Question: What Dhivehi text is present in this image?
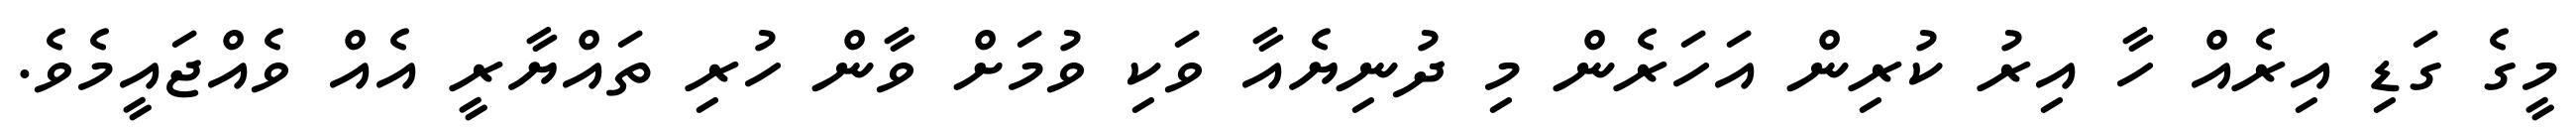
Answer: މީގެ ގަޑި އިރެއް ހާ އިރު ކުރިން އަހަރެން މި ދުނިޔެއާ ވަކި ވުމަށް ވާން ހުރި ތައްޔާރީ އެއް ވެއްޖައީމެވެ.